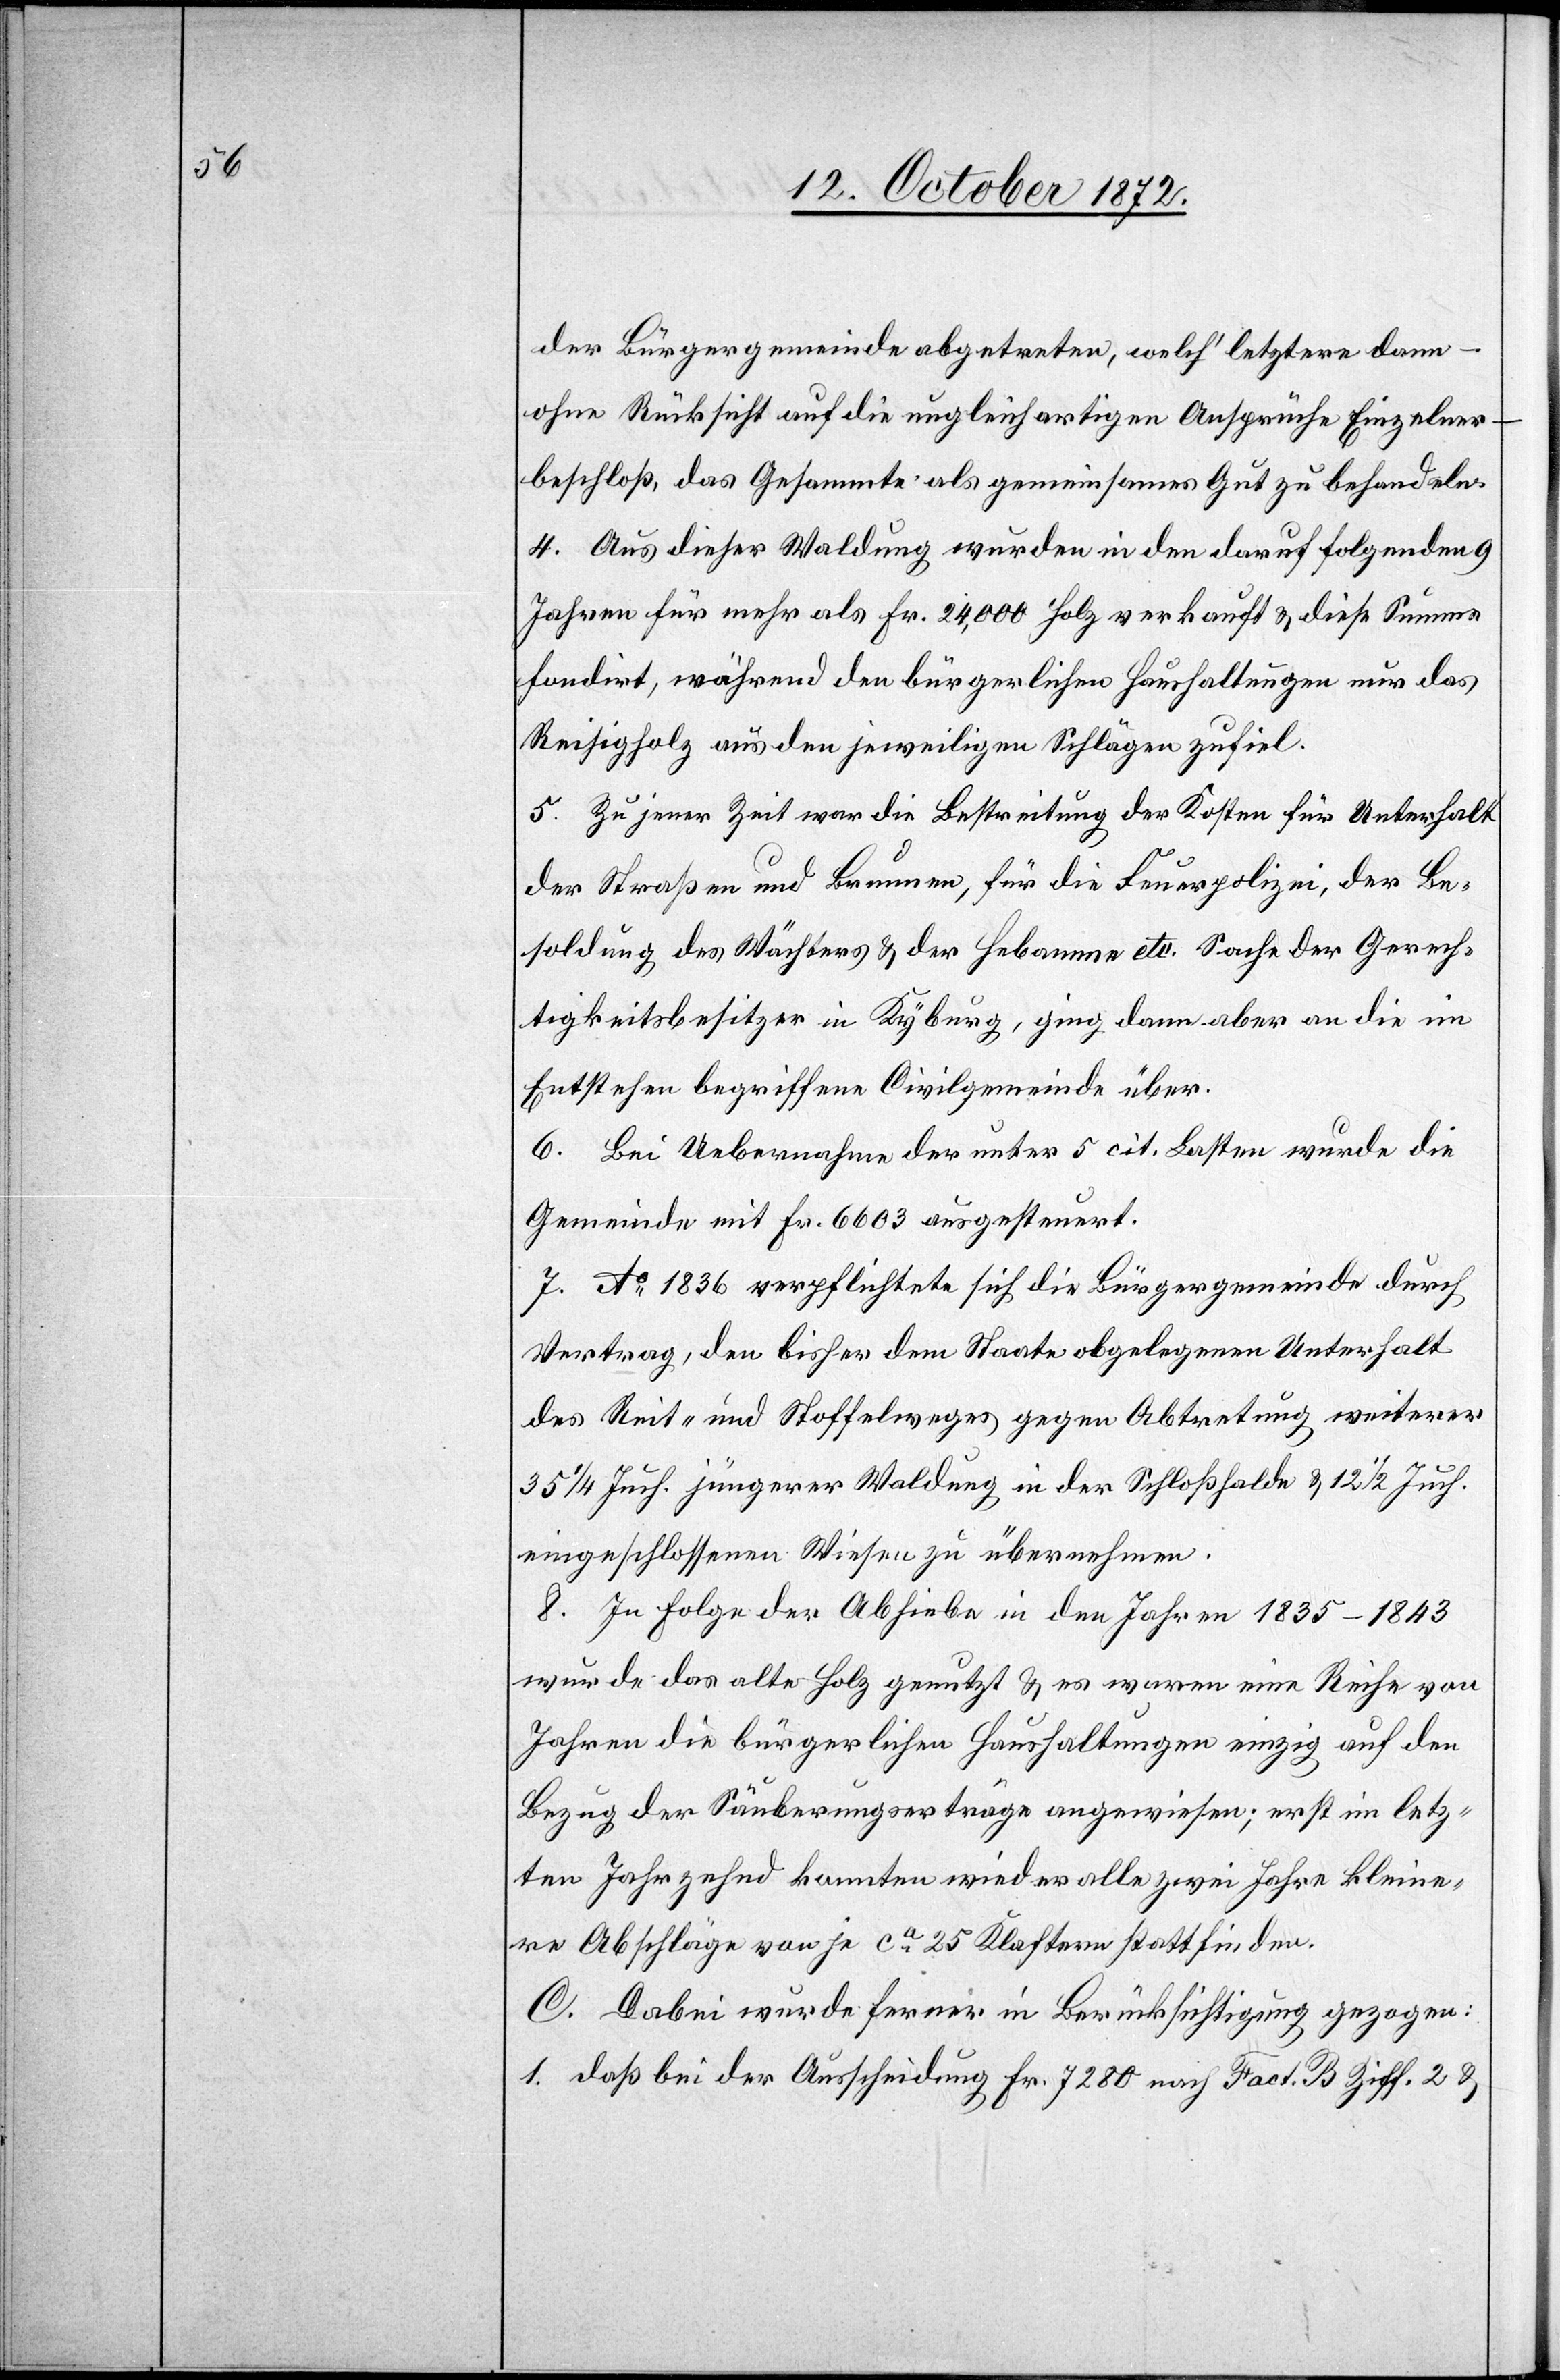
der Bürgergemeinde abgetreten, welch’ letztere dann
ohne Rücksicht auf die ungleichartigen Ansprüche Einzelner
beschloß, das Gesammte als gemeinsames Gut zu behandeln.
4. Aus dieser Waldung wurden in den dar[a]uf folgenden 9
Jahren für mehr als Fr. 24,000 Holz verkauft u. diese Summe
fondirt, während den bürgerlichen Haushaltungen nur das
Reisigholz aus den jeweiligen Schlägen zufiel.
5. Zu jener Zeit war die Bestreitung der Kosten für Unterhalt
der Straßen und Brunnen, für die Feuerpolizei, der Be¬
soldung des Wächters u. der Hebamme etc. Sache der Gerech¬
tigkeitsbesitzer in Kyburg, ging dann aber an die im
Entstehen begriffene Civilgemeinde über.
6. Bei Uebernahme der unter 5 cit. Lasten wurde die
Gemeinde mit Fr. 6603 ausgesteuert.
7. Ao 1836 verpflichtete sich die Bürgergemeinde durch
Vertrag, den bisher dem Staate abgelegenen Unterhalt
des Reit- und Stoffelweges gegen Abtretung weiterer
35 1/4 Juch. jüngerer Waldung in der Schloßhalde u. 12 1/2 Juch.
eingeschlossenen Wiesen zu übernehmen.
8. In Folge der Abhiebe in den Jahren 1835–1843
wurde das alte Holz genutzt u. es waren eine Reihe von
Jahren die bürgerlichen Haushaltungen einzig auf den
Bezug der Säuberungsverträge angewiesen; erst im letz¬
ten Jahrzehnd konnten wieder alle zwei Jahre kleine¬
re Abschläge von je ca 25 Klaftern stattfinden.
C. Dabei wurde ferner in Berücksichtigung gezogen:
1. daß bei der Ausscheidung Fr. 7280 nach Fact. B Ziff. 2 u.